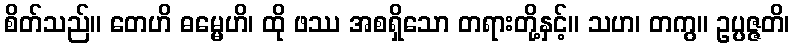
စိတ်သည်။ တေဟိ ဓမ္မေဟိ၊ ထို ဖဿ အစရှိသော တရားတို့နှင့်။ သဟ၊ တကွ။ ဥပ္ပဇ္ဇတိ၊